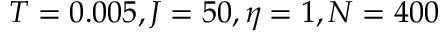
T = 0 . 0 0 5 , J = 5 0 , \eta = 1 , N = 4 0 0